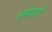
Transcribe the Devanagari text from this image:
अमेयची